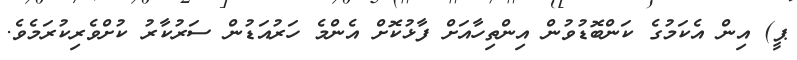
ޕީ) އިން އެކަމުގެ ކަންބޮޑުވުން އިންތިހާއަށް ފާޅުކޮށް އެންމެ ހަރުއަޑުން ސަރުކާރު ކުށްވެރިކުރަމެވެ.